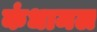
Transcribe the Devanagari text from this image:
कंधामल